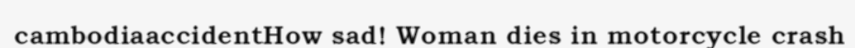
cambodiaaccidentHow sad! Woman dies in motorcycle crash